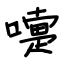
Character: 嚏